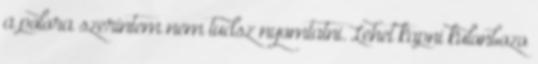
a polora szerintem nem tudsz nyomtatni. Lehet kapni kulonbozo